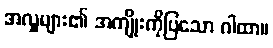
အလှူများ၏ အကျိုးကိုပြသော ဂါထာ။